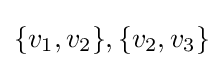
\{v_{1},v_{2}\},\{v_{2},v_{3}\}